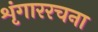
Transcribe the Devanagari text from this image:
शृंगाररचना